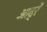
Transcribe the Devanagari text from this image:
आद्रें